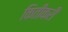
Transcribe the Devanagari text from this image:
कितीकरी